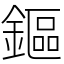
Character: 鏂